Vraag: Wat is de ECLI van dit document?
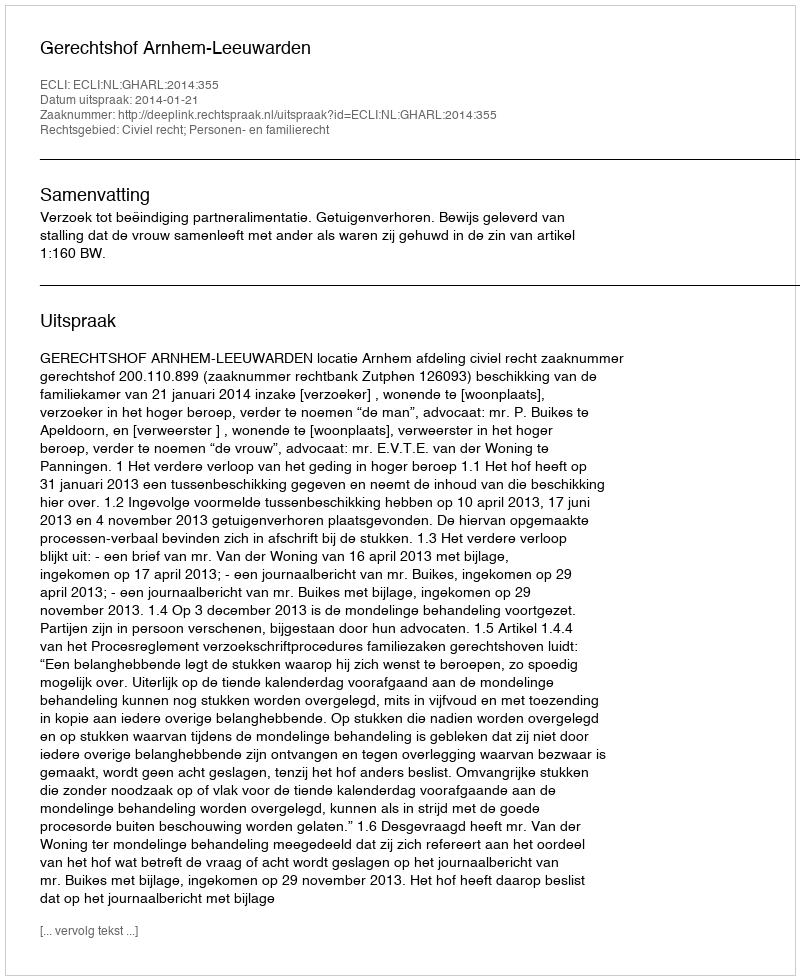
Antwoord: ECLI:NL:GHARL:2014:355